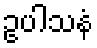
ဥပါသနံ